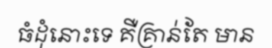
ធំដុំនោះទេ គឺគ្រាន់តែ មាន